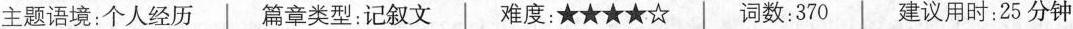
主题语境:个人经历 | 篇章类型:记叙文 | 难度:★★★★☆ | 词数:370 | 建议用时:25分钟